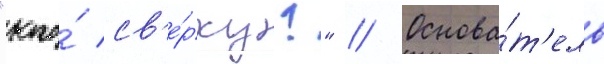
"кто́ св'е́рху?" // Основа́т'ель